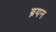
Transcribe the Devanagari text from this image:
ब्रयन